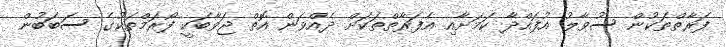
ފަރާތްތަކުން ސުވާލު އުފައްދާ ކަމަށާއި އެފަރާތްތަކަށް ދެއްވަން އޮތް ޖަވާބަކީ ފޯރަމްތަކުގެ ސަބަބުން